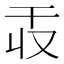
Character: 𫷕